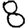
Digit: 8